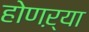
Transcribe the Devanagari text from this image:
होणऱ्या